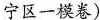
宁区一模卷)